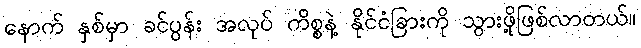
နောက် နှစ်မှာ ခင်ပွန်း အလုပ် ကိစ္စနဲ့ နိုင်ငံခြားကို သွားဖို့ဖြစ်လာတယ်။